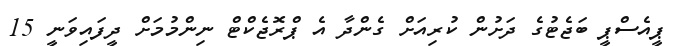
ޕީއެސްޕީ ބަޖެޓުގެ ދަށުން ކުރިއަށް ގެންދާ އެ ޕްރޮޖެކްޓް ނިންމުމަށް ދީފައިވަނީ 15